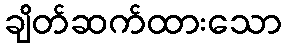
ချိတ်ဆက်ထားသော